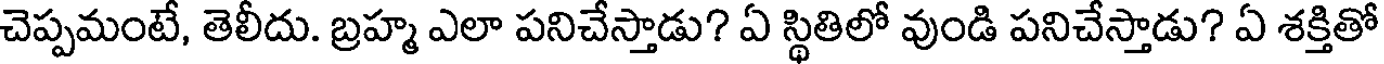
చెప్పమంటే, తెలీదు. బ్రహ్మ ఎలా పనిచేస్తాడు? ఏ స్థితిలో వుండి పనిచేస్తాడు? ఏ శక్తితో